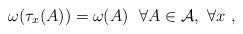
LaTeX: \begin{align*}\omega(\tau_{{x}}(A)) = \omega(A) \ \ \forall A \in {\cal A} , \ \forall {x} \ ,\end{align*}